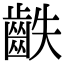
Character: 𪗫